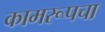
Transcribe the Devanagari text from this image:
कामरूपचा